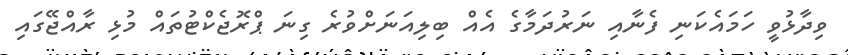
ވިދާޅުވީ ހަމައެކަނި ފެނާއި ނަރުދަމާގެ އެއް ބިލިއަނަށްވުރެ ގިނަ ޕްރޮޖެކްޓުތައް މުޅި ރާއްޖޭގައި